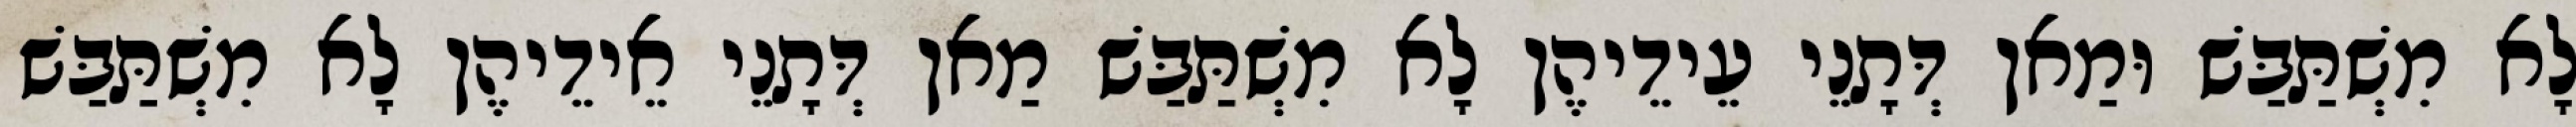
לָא מִשְׁתַּבַּשׁ וּמַאן דְּתָנֵי עֵידֵיהֶן לָא מִשְׁתַּבַּשׁ מַאן דְּתָנֵי אֵידֵיהֶן לָא מִשְׁתַּבַּשׁ